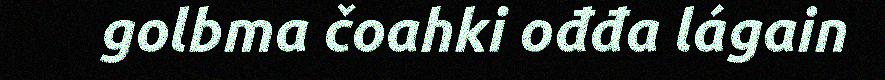
golbma čoahki ođđa lágain